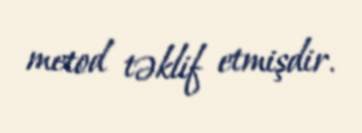
metod təklif etmişdir.